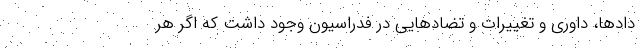
دادها، داوری و تغییرات و تضادهایی در فدراسیون وجود داشت که اگر هر